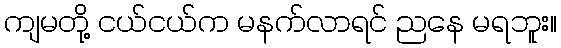
ကျမတို့ ငယ်ငယ်က မနက်လာရင် ညနေ မရဘူး။